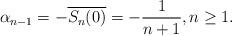
LaTeX: \begin{align*} \alpha_{n-1} = -\overline{S_n(0)} = - \frac{1}{n+1}, n \geq 1.\end{align*}